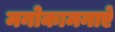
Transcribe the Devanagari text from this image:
मनोकामनाऐं